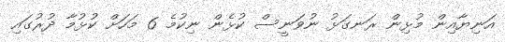
އަނިޔާއިން މުޅިން ރަނގަޅު ނުވަނީސް ކުޅެން ނިކުމެ 6 މަހަށް ކުޅުމާ ދުރުގައި